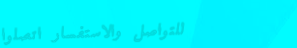
للتواصل والاستفسار اتصلوا